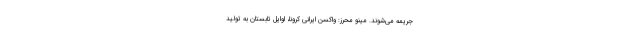
جریمه می‌شوند. مینو محرز: واکسن ایرانی کرونا، اوایل تابستان به تولید